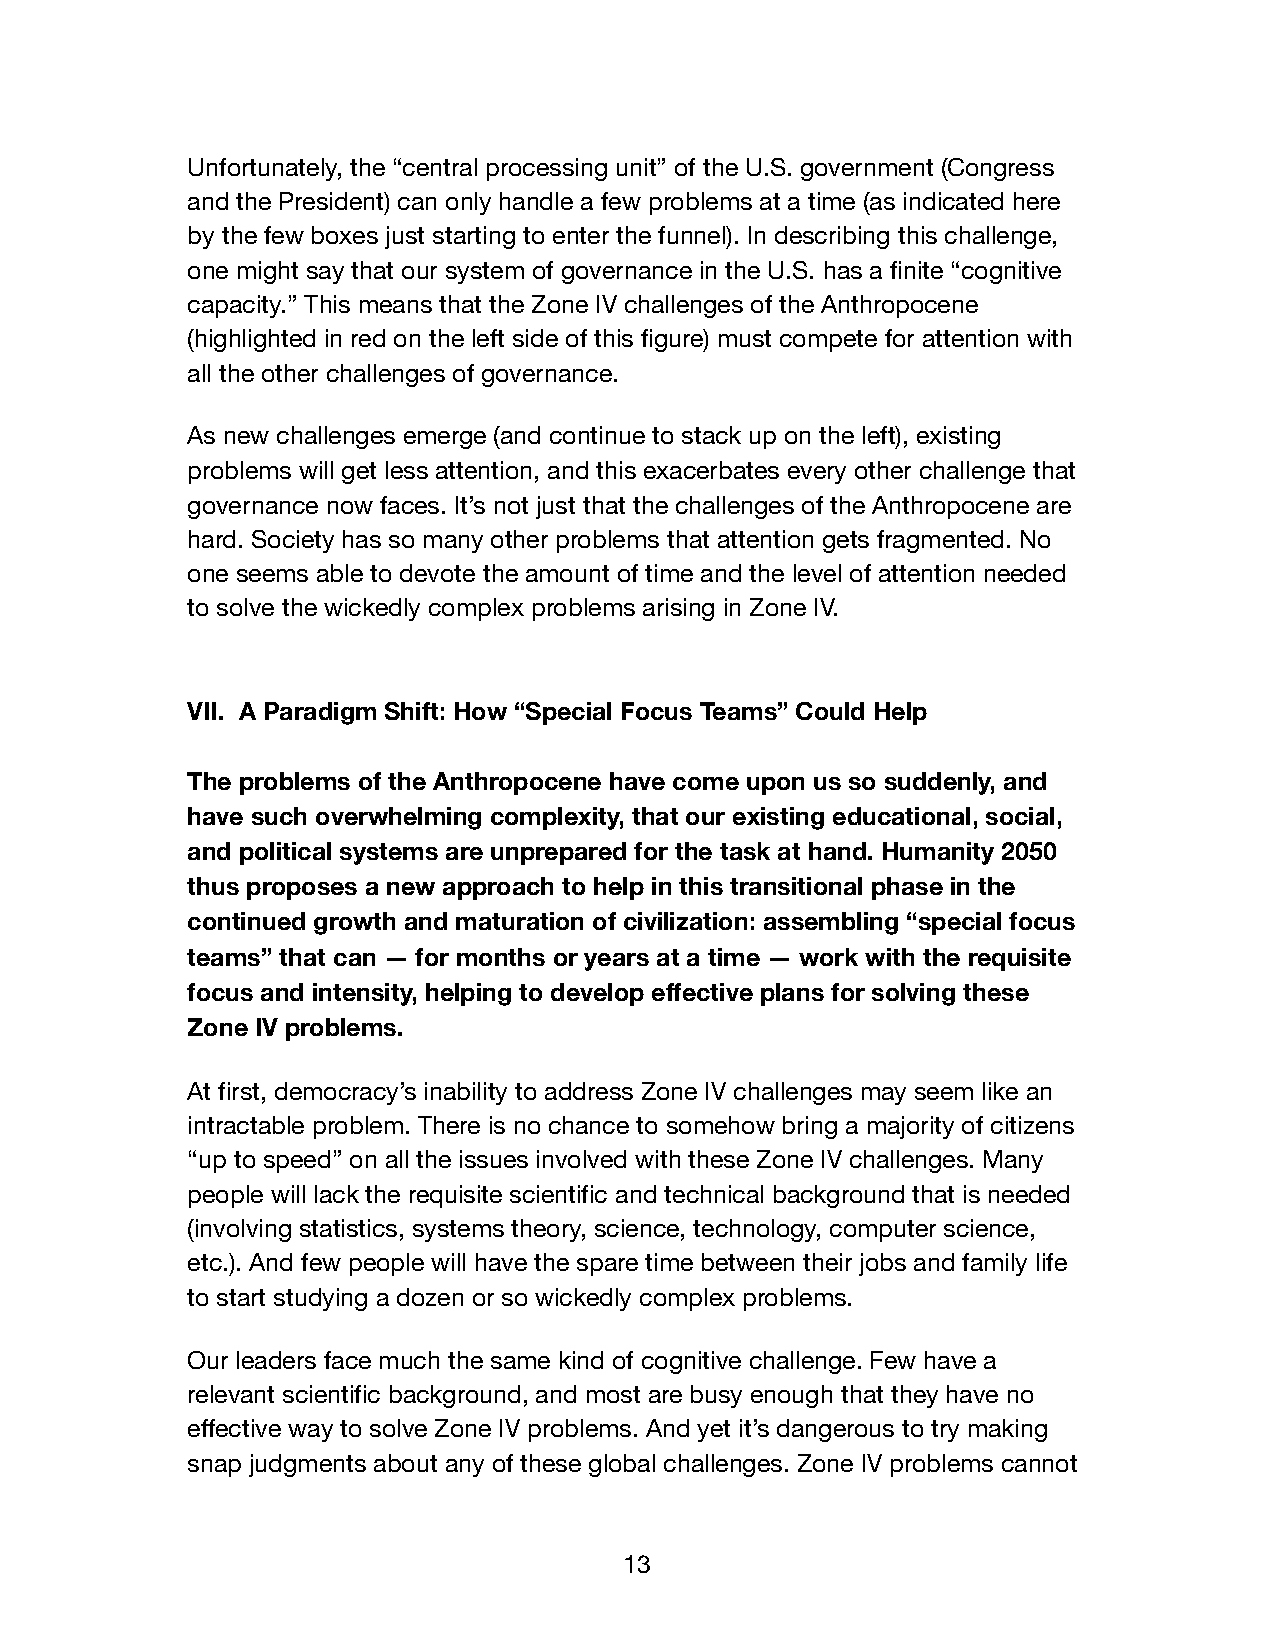
Unfortunately, the “central processing unit” of the U.S. government (Congress
 and the President) can only handle a few problems at a time (as indicated here
 by the few boxes just starting to enter the funnel). In describing this challenge,
 one might say that our system of governance in the U.S. has a finite “cognitive
 capacity.” This means that the Zone IV challenges of the Anthropocene
 (highlighted in red on the left side of this figure) must compete for attention with
 all the other challenges of governance.
 As new challenges emerge (and continue to stack up on the left), existing
 problems will get less attention, and this exacerbates every other challenge that
 governance now faces. It’s not just that the challenges of the Anthropocene are
 hard. Society has so many other problems that attention gets fragmented. No
 one seems able to devote the amount of time and the level of attention needed
 to solve the wickedly complex problems arising in Zone IV.
 VII. A Paradigm Shift: How “Special Focus Teams” Could Help
 The problems of the Anthropocene have come upon us so suddenly, and
 have such overwhelming complexity, that our existing educational, social,
 and political systems are unprepared for the task at hand. Humanity 2050
 thus proposes a new approach to help in this transitional phase in the
 continued growth and maturation of civilization: assembling “special focus
 teams” that can — for months or years at a time — work with the requisite
 focus and intensity, helping to develop effective plans for solving these
 Zone IV problems.
 At first, democracy’s inability to address Zone IV challenges may seem like an
 intractable problem. There is no chance to somehow bring a majority of citizens
 “up to speed” on all the issues involved with these Zone IV challenges. Many
 people will lack the requisite scientific and technical background that is needed
 (involving statistics, systems theory, science, technology, computer science,
 etc.). And few people will have the spare time between their jobs and family life
 to start studying a dozen or so wickedly complex problems.
 Our leaders face much the same kind of cognitive challenge. Few have a
 relevant scientific background, and most are busy enough that they have no
 effective way to solve Zone IV problems. And yet it’s dangerous to try making
 snap judgments about any of these global challenges. Zone IV problems cannot
 13